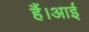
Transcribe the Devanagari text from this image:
हैं।आई